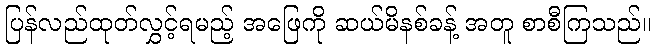
ပြန်လည်ထုတ်လွှင့်ရမည့် အဖြေကို ဆယ်မိနစ်ခန့် အတူ စာစီကြသည်။